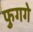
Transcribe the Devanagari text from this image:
फुगगे